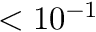
< 1 0 ^ { - 1 }